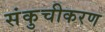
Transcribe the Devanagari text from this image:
संकुचीकरण